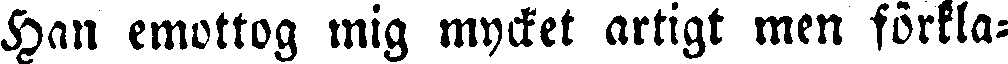
Han emottog mig mycket artigt men förkla-